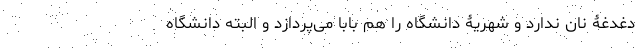
دغدغۀ نان ندارد و شهریۀ دانشگاه را هم بابا می‌پردازد و البته دانشگاه